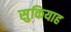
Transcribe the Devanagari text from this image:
सुकियाह